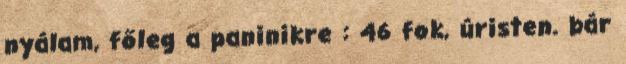
nyálam, főleg a paninikre : 46 fok, úristen. bár